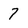
Character: 7